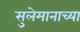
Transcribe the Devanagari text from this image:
सुलेमानाच्या